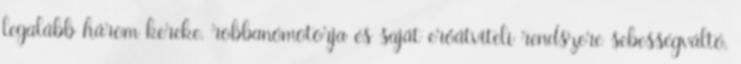
legalább három kereke, robbanómotorja és saját erőátviteli rendszere sebességváltó,